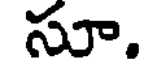
సూ.